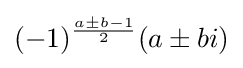
(-1)^{\frac {a\pm b-1}{2}}(a\pm bi)